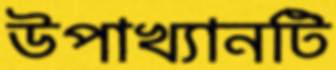
উপাখ্যানটি